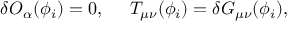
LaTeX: \delta { \cal O } _ { \alpha } ( \phi _ { i } ) = 0 , \; \; \; \; \; T _ { \mu \nu } ( \phi _ { i } ) = \delta G _ { \mu \nu } ( \phi _ { i } ) ,